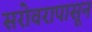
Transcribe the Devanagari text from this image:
सरोवरापासून